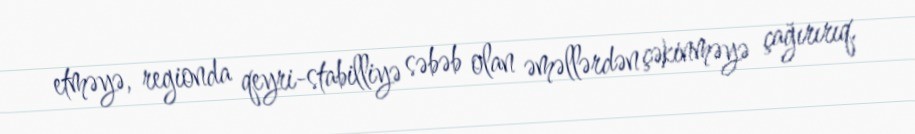
etməyə, regionda qeyri-stabilliyə səbəb olan əməllərdən çəkinməyə çağırırıq.